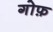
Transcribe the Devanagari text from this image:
गोफ़